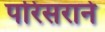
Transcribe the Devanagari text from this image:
परिसराने